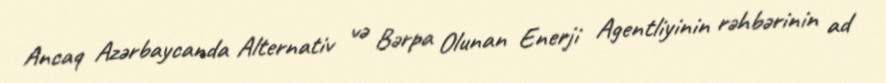
Ancaq Azərbaycanda Alternativ və Bərpa Olunan Enerji Agentliyinin rəhbərinin ad